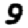
Digit: 9